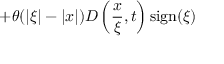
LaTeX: + \theta ( | \xi | - | x | ) D \left( \frac { x } { \xi } , t \right) \mathrm { s i g n } ( \xi )